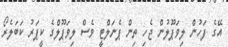
އޭގެ ފަހުން ލިވަޕޫލުން ޖެހި ތިން ޕެނަލްޓީ ވެސް ލިވަޕޫލްގެ ކީޕަރު ކަބަލެރޯ